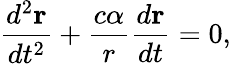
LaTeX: \frac{d^{2}{\mathbf r}}{dt^{2}}+\frac{c\alpha}{r}\frac{d{\mathbf r}}{dt}=0,